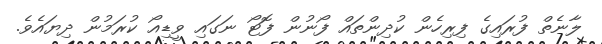
ލާނެތް ފުރައިގެ ފިރިހެން ކުދިންތައް ފޯނުން ފޮޓޯ ނަގައި ވީޑިއޯ ކުރަމުން ދިޔައެވެ.